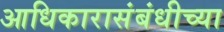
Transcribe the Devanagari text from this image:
आधिकारासंबंधीच्या